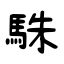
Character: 駯